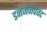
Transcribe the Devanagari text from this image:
डनजंजपवद